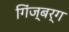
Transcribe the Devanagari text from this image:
गिंज्बर्ग